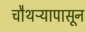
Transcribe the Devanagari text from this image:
चौथऱ्यापासून